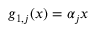
g _ { 1 , j } ( x ) = \alpha _ { j } x